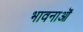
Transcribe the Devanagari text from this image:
भावनाऒं